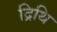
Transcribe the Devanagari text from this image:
द्रिथि